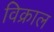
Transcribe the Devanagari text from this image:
विक्राल